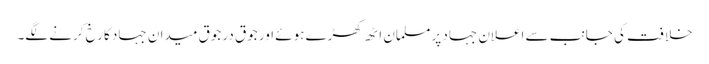
خلافت کی جانب سے اعلانِ جہاد پر مسلمان اٹھ کھڑے ہوئے اور جوق در جوق میدانِ جہاد کا رخ کرنے لگے۔